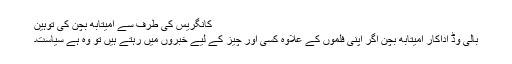
کانگریس کی طرف سے امیتابھ بچن کی توہین
بالی وڈ اداکار امیتابھ بچن اگر اپنی فلموں کے علاوہ کسی اور چیز کے لیے خبروں میں رہتے ہیں تو وہ ہے سیاست۔